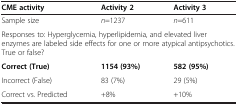
| CME activity | Activity 2 | Activity 3 |
 | --- | --- | --- |
 | Sample size | n=1237 | n=611 |
 | <COLSPAN=3> Responses to: Hyperglycemia, hyperlipidemia, and elevated liver enzymes are labeled side effects for one or more atypical antipsychotics. True or false? |
 | Correct (True) | 1154 (93%) | 582 (95%) |
 | Incorrect (False) | 83 (7%) | 29 (5%) |
 | Correct vs. Predicted | +8% | +10% |